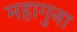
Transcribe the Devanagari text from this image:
महागुना